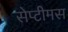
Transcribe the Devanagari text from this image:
सेप्टीमस